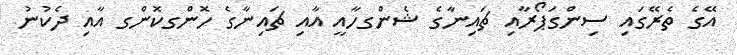
އޭގެ ތެރޭގައި ސިންގަޕޯރާއި ޗައިނާގެ ޝެންގހާއީ އާއި ޗައިނާގެ ހޮންގކޮންގ އާއި ދެކުނު